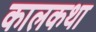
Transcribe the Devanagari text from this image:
कालकथा